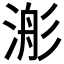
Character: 𣹊